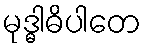
မုဒ္ဓါဓိပါတေ